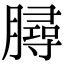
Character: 𣎟